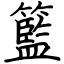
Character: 籃